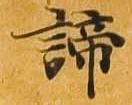
諦